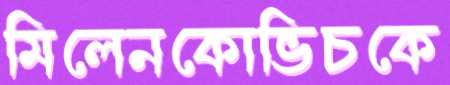
মিলেনকোভিচকে